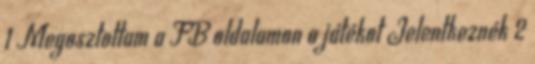
1 Megosztottam a FB oldalamon a játékot Jelentkeznék 2